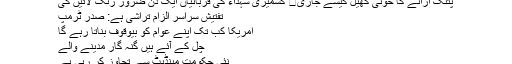
پتنگ اڑانے کا خونی کھیل کیسے جاری	 کشمیری شہداء کی قربانیاں ایک دن ضرور رنگ لائیں گی
تفتیش سراسر الزام تراشی ہے: صدر ٹرمپ
امریکا کب تک اپنے عوام کو بیوقوف بناتا رہے گا
چل کے آئے ہیں گنہ گار مدینے والے
نئی حکومت مینڈیٹ سے تجاوز کر رہی ہے